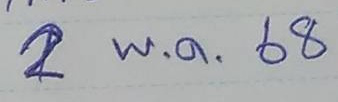
2 พ.ค. 68